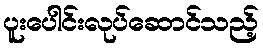
ပူးပေါင်းလုပ်ဆောင်သည့်